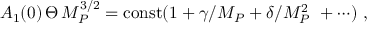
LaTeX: A _ { 1 } ( 0 ) \, \Theta \, M _ { P } ^ { 3 / 2 } = \mathrm { c o n s t } ( 1 + \gamma / M _ { P } + \delta / M _ { P } ^ { 2 } \ + \cdots ) \ ,